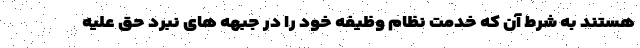
هستند به شرط آن که خدمت نظام وظیفه خود را در جبهه های نبرد حق علیه